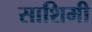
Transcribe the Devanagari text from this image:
साशिमी